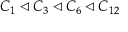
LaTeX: C _ { 1 } \triangleleft C _ { 3 } \triangleleft C _ { 6 } \triangleleft C _ { 1 2 }